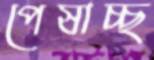
পেষাচ্ছ